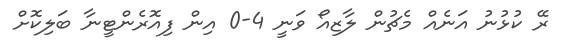
ރޭ ކުޅުނު އަނެއް މެޗުން ލާޒިއޯ ވަނީ 4-0 އިން ފިއޮރެންޓީނާ ބަލިކޮށް